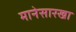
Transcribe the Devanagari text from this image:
मानेसारखा